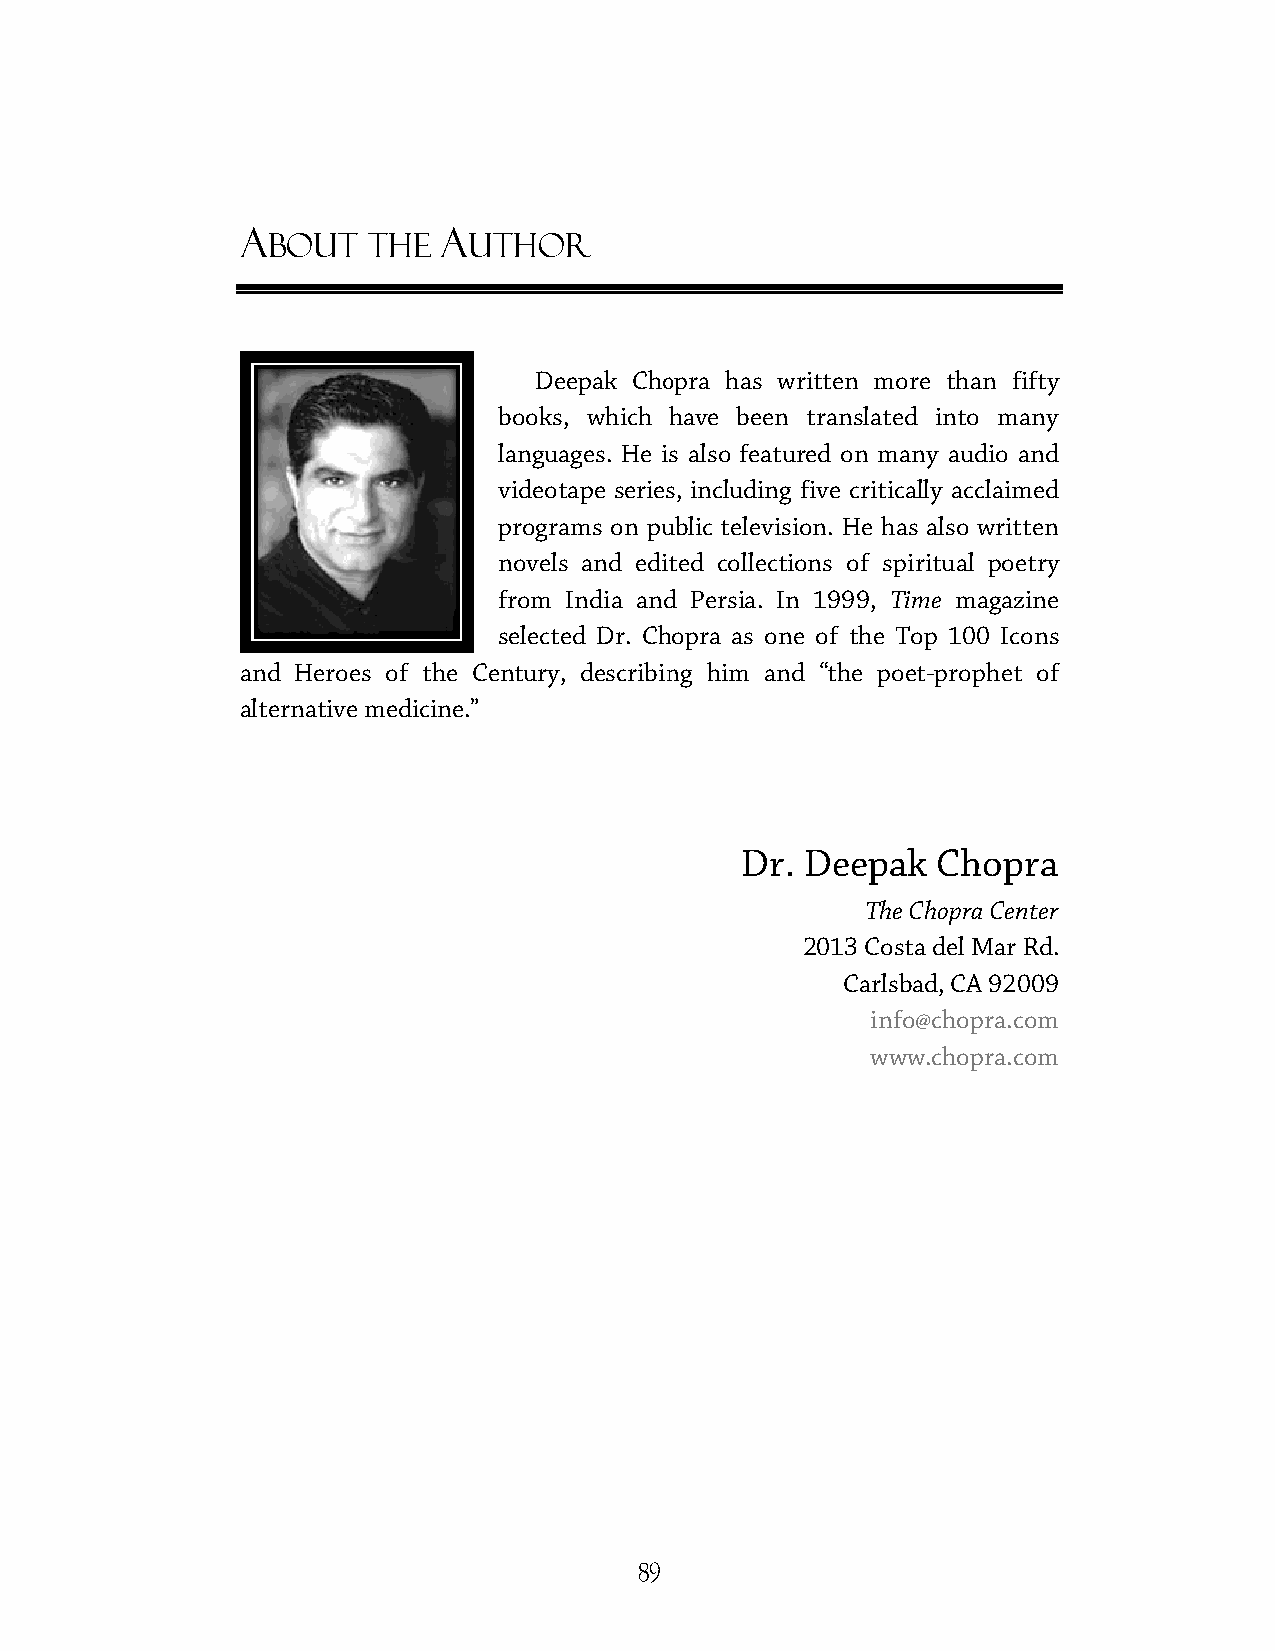
A            A
 BOUT  THE    UTHOR
 DDeeeeppaakk CChhoopprraa hhaass wwrriitttteenn mmoorree tthhaann ffiiffttyy
 books, which hhaavvee bbeeeenn ttrraannssllaatteedd iinnttoo mmaannyy
 llaanngguuaaggeess.. HHee iiss aallssoo ffeeaattuurreedd oonn mmaannyy aauuddiioo aanndd
 vviiddeeoottaappee sseerriieess,, iinncclluuddiinngg ffiivvee ccrriittiiccaallllyy aaccccllaaiimmeedd
 pprrooggrraammss oonn ppuubblliicc tteelleevviissiioonn.. He has also written
 nnoovveellss aanndd eeddiitteedd ccoolllleeccttiioonnss ooff ssppiirriittuuaall ppooeettrryy
 ffrroomm IInnddiiaa aanndd PPeerrssiia. In 1999, Time magazine
 sseelleecctteedd DDrr.. CChhoopprraa aass oonnee ooff tthhee TToopp 110000 IIccoonnss
 aanndd HHeerrooeess ooff tthhee CCeennttuurryy,, ddeessccrriibbiinngg hhiimm aanndd “the poet-prophet of
 alternative medicine.”
 Dr. Deepak   Chopra
 The Chopra Center
 2013 Costa del Mar Rd.
 Carlsbad, CA 92009
 info@chopra.com
 www.chopra.com
 89